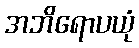
အဘိရောပယုံ